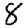
Digit: 8